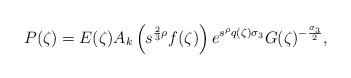
LaTeX: \begin{align*}P(\zeta) = E(\zeta) A_k\left(s^{\frac{2}{3} \rho}f(\zeta)\right) e^{s^{\rho} q(\zeta) \sigma_3} G(\zeta)^{-\frac{\sigma_3}{2}}, \end{align*}